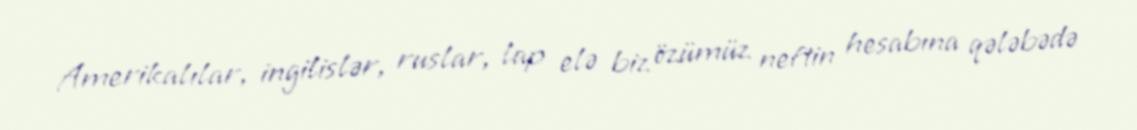
Amerikalılar, ingilislər, ruslar, lap elə biz özümüz neftin hesabına qələbədə